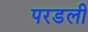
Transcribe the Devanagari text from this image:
परडली